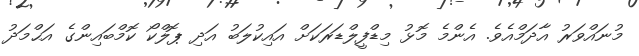
މުނައްވަރު އާދަމްއެވެ. އެންމެ މޮޅު މިޑްފީލްޑަރަކަށް އައިކުލަބު އަދި ޕޮލްކޯ ކޮމްބައިންގެ އަޙްމަދު